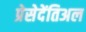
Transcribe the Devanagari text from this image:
प्रेसेदेंतिअल